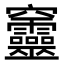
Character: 𥩔